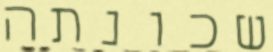
שכונתה